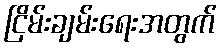
ငြိမ်းချမ်းရေးအတွက်